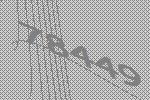
78449